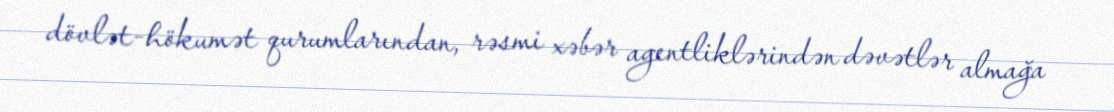
dövlət-hökumət qurumlarından, rəsmi xəbər agentliklərindən dəvətlər almağa